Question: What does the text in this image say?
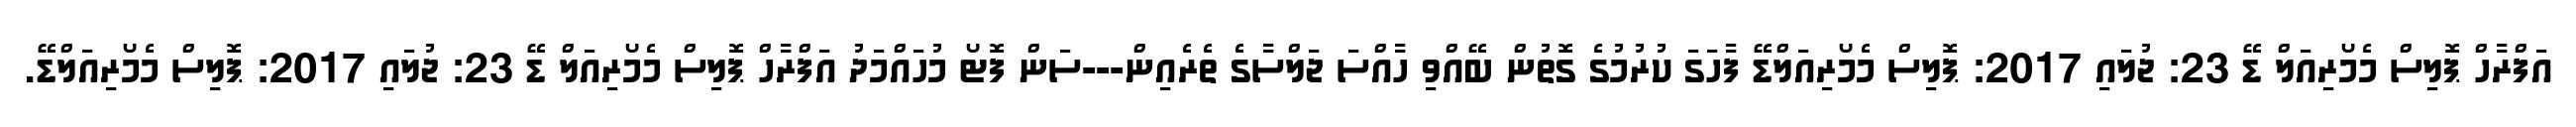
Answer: އަފްރާހް ޕޮލިސް މެމޯރިއަލް ޑޭ 23: ޖުލައި 2017: ޕޮލިސް މެމޯރިއަލްޑޭ ފާހަގަ ކުރުމުގެ ގޮތުން ބޭއްވި ހާއްސަ ޖަލްސާގެ ތެރެއިން---ސަން ފޮޓޯ މުހައްމަދު އަފްރާހް ޕޮލިސް މެމޯރިއަލް ޑޭ 23: ޖުލައި 2017: ޕޮލިސް މެމޯރިއަލްޑޭ.